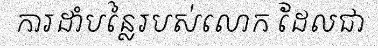
ការដាំបន្លៃរបស់លោក ដែលជា